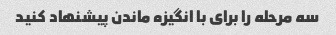
سه مرحله را برای با انگیزه ماندن پیشنهاد کنید